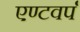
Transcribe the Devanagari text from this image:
एण्टवर्प